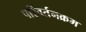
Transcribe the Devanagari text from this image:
परिवर्तनक्रम